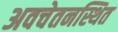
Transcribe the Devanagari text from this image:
अवचेतनस्थित